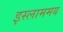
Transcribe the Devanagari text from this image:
इस्लाममय